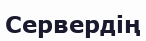
Сервердің